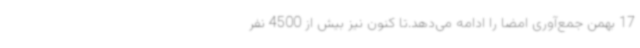
17 بهمن جمع‌آوری امضا را ادامه می‌دهد.تا کنون نیز بیش از 4500 نفر